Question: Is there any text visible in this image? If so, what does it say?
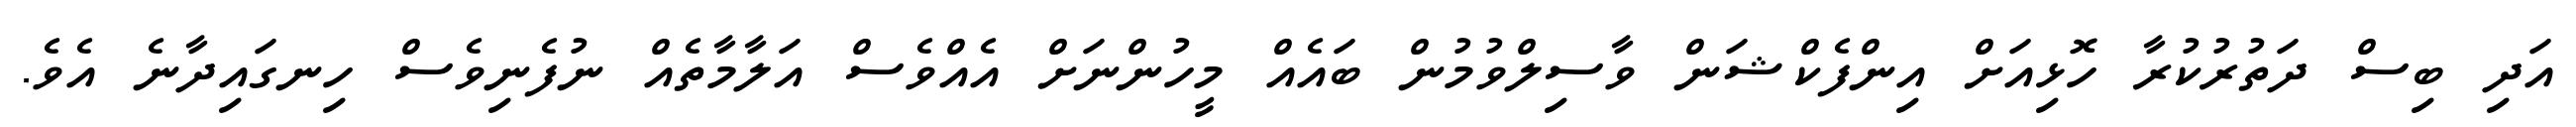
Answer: އަދި ބިސް ދަތުރުކުރާ ހޮޅިއަށް އިންފެކްޝަން ވާސިލްވުމުން ބައެއް މީހުންނަށް އެއްވެސް އަލާމާތެއް ނުފެނިވެސް ހިނގައިދާނެ އެވެ.